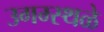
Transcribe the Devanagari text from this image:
उगम्स्थळे